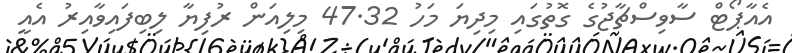
އެއާޕޯޓް ސާވިސްޗާޖުގެ ގޮތުގައި މިދިޔަ މަހު 47.32 މިލިއަން ރުފިޔާ ލިބިފައިވާއިރު އެއީ